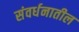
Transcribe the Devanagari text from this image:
संवर्धनातील